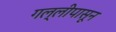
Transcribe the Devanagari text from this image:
गल्लीपासून